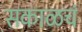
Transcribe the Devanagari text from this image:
सकाळचं